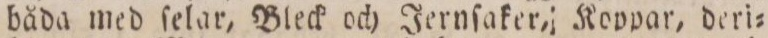
båda med ſelar, Bleck och Jernſaker, Koppar, deri=